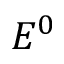
E ^ { 0 }